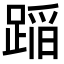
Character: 𨂻